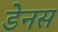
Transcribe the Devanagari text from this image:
डेनस